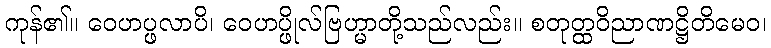
ကုန်၏။ ဝေဟပ္ဖလာပိ၊ ဝေဟပ္ဖိုလ်ဗြဟ္မာတို့သည်လည်း။ စတုတ္ထဝိညာဏဋ္ဌိတိမေဝ၊